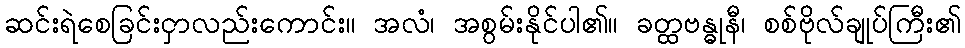
ဆင်းရဲစေခြင်းငှာလည်းကောင်း။ အလံ၊ အစွမ်းနိုင်ပါ၏။ ခတ္ထဗန္ဓုနီ၊ စစ်ဗိုလ်ချုပ်ကြီး၏